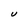
Character: U